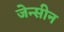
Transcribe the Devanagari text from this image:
जेन्सीन